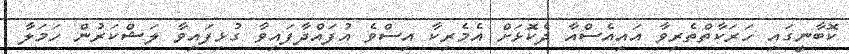
ކޮބާނީގައި ހަރަކާތްތެރިވާ އައިއެސްއާ ދެކޮޅަށް އެމެރިކާ އިސްވެ އުފައްދާފައިވާ ގުޅިފައިވާ ލަޝްކަރުން ހަމަލާ